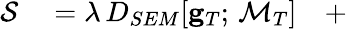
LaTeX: \begin{array}{rl}{\mathcal{S}}&{{}=\lambda\, D_{SEM}[{\mathbf g}_{T};\, \mathcal{M}_{T}]\quad+}\end{array}